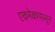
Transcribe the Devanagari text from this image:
एकमेकापासून